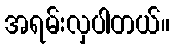
အရမ်းလှပါတယ်။